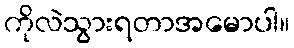
ကိုလဲသွားရတာအမောပါ။